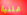
علنية